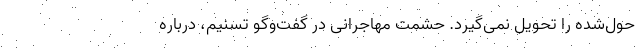
حول‌شده را تحویل نمی‌گیرد. حشمت مهاجرانی در گفت‌وگو تسنیم، درباره